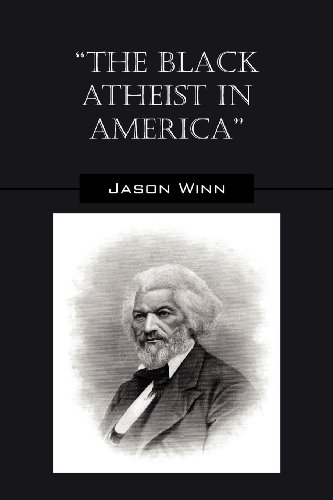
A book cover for The Black Atheist in America; Jason Winn; Religion & Spirituality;